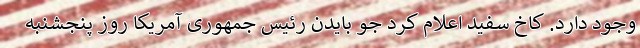
وجود دارد. کاخ سفید اعلام کرد جو بایدن رئیس جمهوری آمریکا روز پنجشنبه